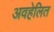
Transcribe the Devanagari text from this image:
अवहेलित